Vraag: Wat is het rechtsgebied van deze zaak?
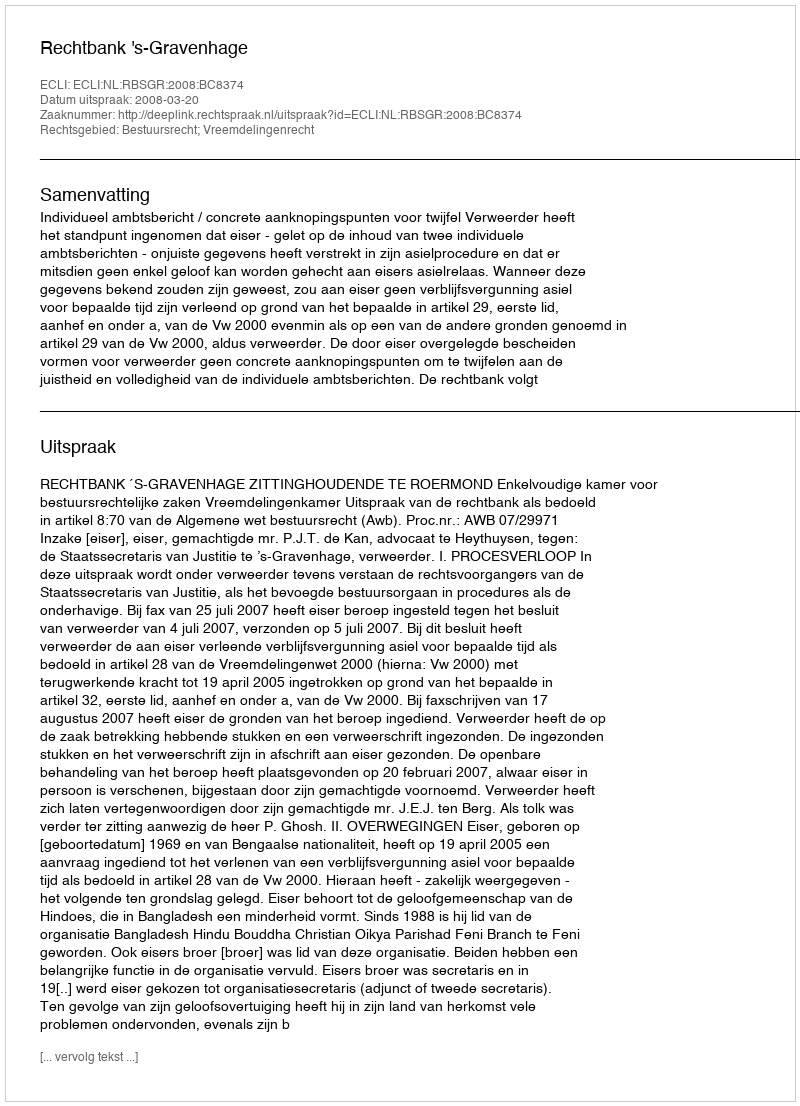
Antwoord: Bestuursrecht; Vreemdelingenrecht